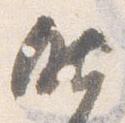
昨